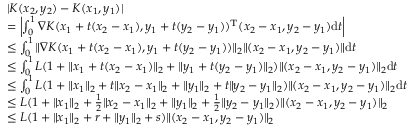
\begin{array} { r l } & { | K ( x _ { 2 } , y _ { 2 } ) - K ( x _ { 1 } , y _ { 1 } ) | } \\ & { = \left| \int _ { 0 } ^ { 1 } \nabla K ( x _ { 1 } + t ( x _ { 2 } - x _ { 1 } ) , y _ { 1 } + t ( y _ { 2 } - y _ { 1 } ) ) ^ { \mathrm { T } } ( x _ { 2 } - x _ { 1 } , y _ { 2 } - y _ { 1 } ) \mathrm { d } t \right| } \\ & { \le \int _ { 0 } ^ { 1 } \| \nabla K ( x _ { 1 } + t ( x _ { 2 } - x _ { 1 } ) , y _ { 1 } + t ( y _ { 2 } - y _ { 1 } ) ) \| _ { 2 } \| ( x _ { 2 } - x _ { 1 } , y _ { 2 } - y _ { 1 } ) \| \mathrm { d } t } \\ & { \le \int _ { 0 } ^ { 1 } L ( 1 + \| x _ { 1 } + t ( x _ { 2 } - x _ { 1 } ) \| _ { 2 } + \| y _ { 1 } + t ( y _ { 2 } - y _ { 1 } ) \| _ { 2 } ) \| ( x _ { 2 } - x _ { 1 } , y _ { 2 } - y _ { 1 } ) \| _ { 2 } \mathrm { d } t } \\ { \ } & { \le \int _ { 0 } ^ { 1 } L ( 1 + \| x _ { 1 } \| _ { 2 } + t \| x _ { 2 } - x _ { 1 } \| _ { 2 } + \| y _ { 1 } \| _ { 2 } + t \| y _ { 2 } - y _ { 1 } \| _ { 2 } ) \| ( x _ { 2 } - x _ { 1 } , y _ { 2 } - y _ { 1 } ) \| _ { 2 } \mathrm { d } t } \\ { \ } & { \le L ( 1 + \| x _ { 1 } \| _ { 2 } + \frac 1 2 \| x _ { 2 } - x _ { 1 } \| _ { 2 } + \| y _ { 1 } \| _ { 2 } + \frac 1 2 \| y _ { 2 } - y _ { 1 } \| _ { 2 } ) \| ( x _ { 2 } - x _ { 1 } , y _ { 2 } - y _ { 1 } ) \| _ { 2 } } \\ { \ } & { \le L ( 1 + \| x _ { 1 } \| _ { 2 } + r + \| y _ { 1 } \| _ { 2 } + s ) \| ( x _ { 2 } - x _ { 1 } , y _ { 2 } - y _ { 1 } ) \| _ { 2 } } \end{array}